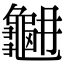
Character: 𪚳